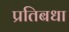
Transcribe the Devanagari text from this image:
प्रतिबधा